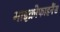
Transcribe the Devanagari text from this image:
माइक्रोफाइनैंस